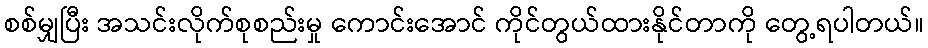
စစ်မျှပြီး အသင်းလိုက်စုစည်းမှု ကောင်းအောင် ကိုင်တွယ်ထားနိုင်တာကို တွေ့ရပါတယ်။